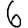
Digit: 6